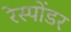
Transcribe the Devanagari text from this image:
रेस्पोंडर